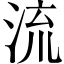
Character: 流